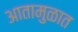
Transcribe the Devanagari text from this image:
आतामुळात